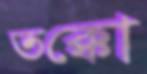
তক্কো